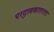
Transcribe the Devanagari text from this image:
परदुःखकातरता